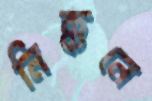
নিক্কনে